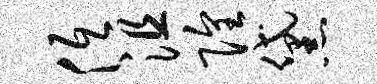
低沮隍黛